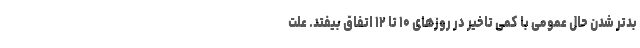
بدتر شدن حال عمومی با کمی تاخیر در روزهای ۱۰ تا ۱۲ اتفاق بیفتد. علت